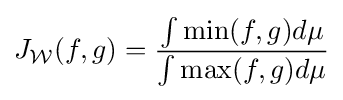
J_{\mathcal {W}}(f,g)={\frac {\int \min(f,g)d\mu }{\int \max(f,g)d\mu }}